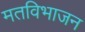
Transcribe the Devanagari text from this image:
मतविभाजन